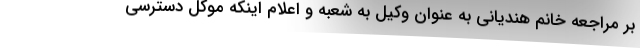
بر مراجعه خانم هندياني به عنوان وكيل به شعبه و اعلام اينكه موكل دسترسي